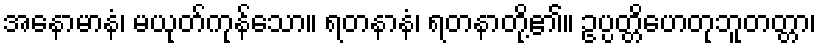
အနောမာနံ၊ မယုတ်ကုန်သော။ ရတနာနံ၊ ရတနာတို့၏။ ဥပ္ပတ္တိဟေတုဘူတတ္တာ၊